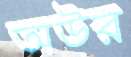
অউর